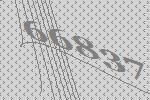
66837